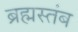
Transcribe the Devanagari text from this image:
ब्रह्मस्तंब